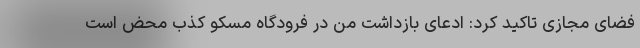
فضای مجازی تاکید کرد: ادعای بازداشت من در فرودگاه مسکو کذب محض است